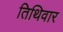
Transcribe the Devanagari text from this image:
तिथिवार